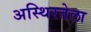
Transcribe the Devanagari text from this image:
अस्थिरतेला